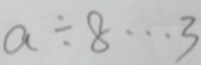
a \div 8 \cdots 3